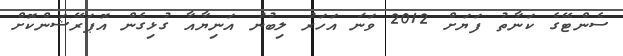
ސެންޓޭގެ ކަނާތު ފަޔަށް 2012 ވަނަ އަހަރު ލިބުނު އަނިޔާއާ ގުޅިގެން އޮޕަރޭޝަންކޮށް